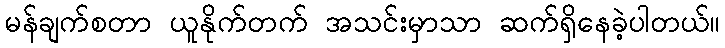
မန်ချက်စတာ ယူနိုက်တက် အသင်းမှာသာ ဆက်ရှိနေခဲ့ပါတယ်။